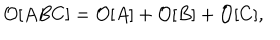
LaTeX: { \cal O } [ A B C ] = { \cal O } [ A ] + { \cal O } [ B ] + { \cal O } [ C ] ,